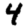
Digit: 4